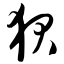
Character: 狈